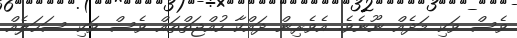
ވެސް ވަކި މަދެއް ނޫނެވެ. އެވެރިން ދައްކާ ހުއްޖަތްތައް ވެސް ވަކި ސަހަލެއް